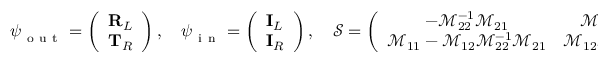
\boldsymbol { \psi } _ { \mathrm { ~ o ~ u ~ t ~ } } = \left( \begin{array} { l } { \mathbf { R } _ { L } } \\ { \mathbf { T } _ { R } } \end{array} \right) , \quad \boldsymbol { \psi } _ { \mathrm { ~ i ~ n ~ } } = \left( \begin{array} { l } { \mathbf { I } _ { L } } \\ { \mathbf { I } _ { R } } \end{array} \right) , \quad \mathcal { S } = \left( \begin{array} { c c } { - \mathcal { M } _ { 2 2 } ^ { - 1 } \mathcal { M } _ { 2 1 } } & { \mathcal { M } _ { 2 2 } ^ { - 1 } } \\ { \mathcal { M } _ { 1 1 } - \mathcal { M } _ { 1 2 } \mathcal { M } _ { 2 2 } ^ { - 1 } \mathcal { M } _ { 2 1 } } & { \mathcal { M } _ { 1 2 } \mathcal { M } _ { 2 2 } ^ { - 1 } } \end{array} \right) .